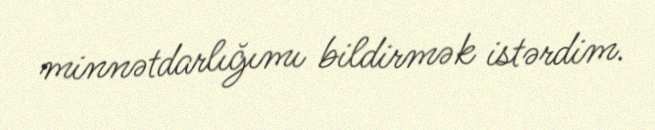
minnətdarlığımı bildirmək istərdim.